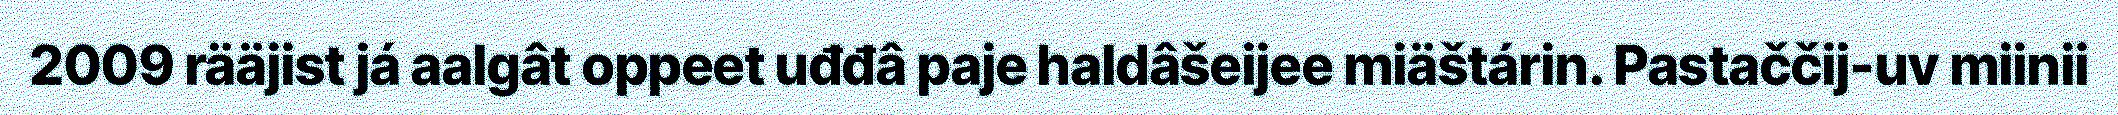
2009 rääjist já aalgât oppeet uđđâ paje haldâšeijee miäštárin. Pastaččij-uv miinii